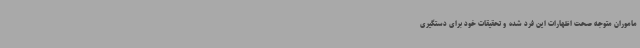
ماموران متوجه صحت اظهارات این فرد شده و تحقیقات خود برای دستگیری